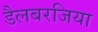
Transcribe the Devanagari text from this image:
डैलबरजिया